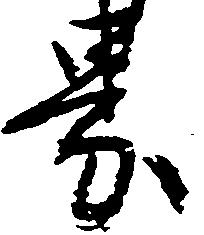
界